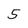
Character: 5